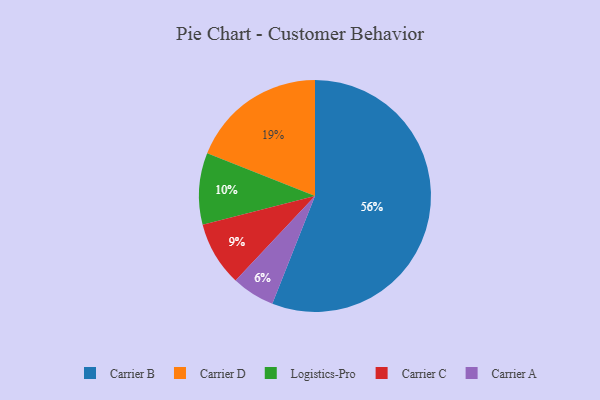
{"axis": {"x": "Category", "y": "Percentage"}, "legend": ["Carrier A", "Carrier B", "Carrier C", "Carrier D", "Logistics-Pro"], "data": [{"x": "Carrier D", "y": 19, "type": "Carrier D"}, {"x": "Carrier C", "y": 9, "type": "Carrier C"}, {"x": "Carrier B", "y": 56, "type": "Carrier B"}, {"x": "Carrier A", "y": 6, "type": "Carrier A"}, {"x": "Logistics-Pro", "y": 10, "type": "Logistics-Pro"}]}